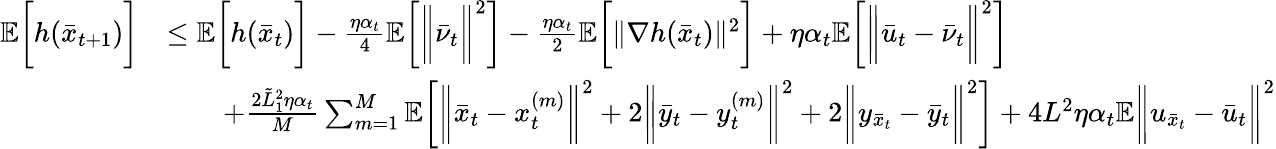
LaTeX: \begin{array}{rl}{\mathbb{E}\bigg[h(\bar{x}_{t+1})\bigg]}&{\leq\mathbb{E}\bigg[h(\bar{x}_{t})\bigg]-\frac{\eta\alpha_{t}}{4}\mathbb{E}\bigg[\bigg\| \bar{\nu}_{t}\bigg\| ^{2}\bigg]-\frac{\eta\alpha_{t}}{2}\mathbb{E}\bigg[\| \nabla h(\bar{x}_{t})\| ^{2}\bigg]+\eta\alpha_{t}\mathbb{E}\bigg[\bigg\| \bar{u}_{t}-\bar{\nu}_{t}\bigg\| ^{2}\bigg]}\\ &{\qquad+\frac{2\tilde{L}_{1}^{2}\eta\alpha_{t}}{M}\sum_{m=1}^{M}\mathbb{E}\bigg[\bigg\| \bar{x}_{t}-x_{t}^{(m)}\bigg\| ^{2}+2\bigg\| \bar{y}_{t}-y_{t}^{(m)}\bigg\| ^{2}+2\bigg\| y_{\bar{x}_{t}}-\bar{y}_{t}\bigg\| ^{2}\bigg]+4L^{2}\eta\alpha_{t}\mathbb{E}\bigg\| u_{\bar{x}_{t}}-\bar{u}_{t}\bigg\| ^{2}}\end{array}